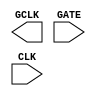
module sky130_fd_sc_ls__dlclkp (
    GCLK,
    GATE,
    CLK
);

    output GCLK;
    input  GATE;
    input  CLK ;

    // Voltage supply signals
    supply1 VPWR;
    supply0 VGND;
    supply1 VPB ;
    supply0 VNB ;

endmodule